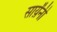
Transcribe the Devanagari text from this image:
सार्य़ंनी